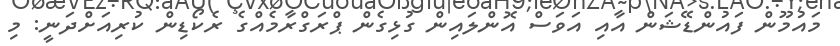
މައުމޫން ފައުންޑޭޝަން އާއި އަވަސް އޮންލައިން ގުޅިގެން ޕްރަގްރާމެއްގެ ރެކޯޑިން ކުރިއަށްދަނީ: މި